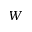
W